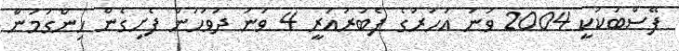
ފޭސްބުކަކީ 2004 ވަނަ އަހަރުގެ ފެބުރުއަރީ 4 ވަނަ ދުވަހުން ފެށިގެން ހިންގަމުން